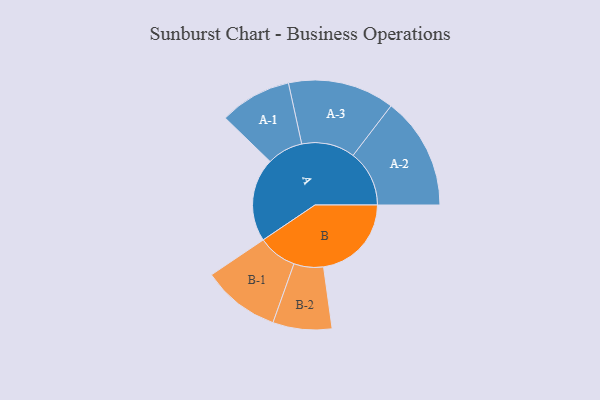
{"axis": {"x": "Segment", "y": "Value"}, "legend": ["", "A", "B"], "data": [{"x": "A", "y": 425, "type": ""}, {"x": "B", "y": 447, "type": ""}, {"x": "A-1", "y": 183, "type": "A"}, {"x": "A-2", "y": 286, "type": "A"}, {"x": "A-3", "y": 271, "type": "A"}, {"x": "B-1", "y": 198, "type": "B"}, {"x": "B-2", "y": 150, "type": "B"}]}